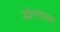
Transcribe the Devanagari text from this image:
डोगरावर